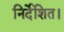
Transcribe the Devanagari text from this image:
निर्देशित।